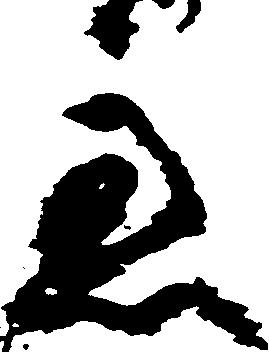
慮